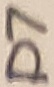
Text: D7